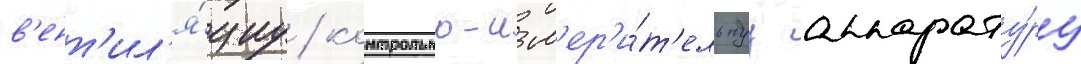
в'ент'ил'я́циу / контрольно-изм'ер'и́т'ельнуу аппарату́ру